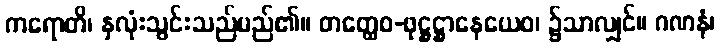
ကရောတိ၊ နှလုံးသွင်းသည်မည်၏။ တတ္ထေဝ-ဖုဋ္ဌဋ္ဌာနေယေဝ၊ ၌သာလျှင်။ ဂဏနံ၊